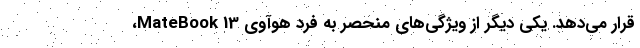
قرار می‌دهد. یکی دیگر از ویژگی‌های منحصر به فرد هوآوی MateBook 13،